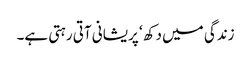
زندگی میں دکھ ‘ پریشانی آتی رہتی ہے۔